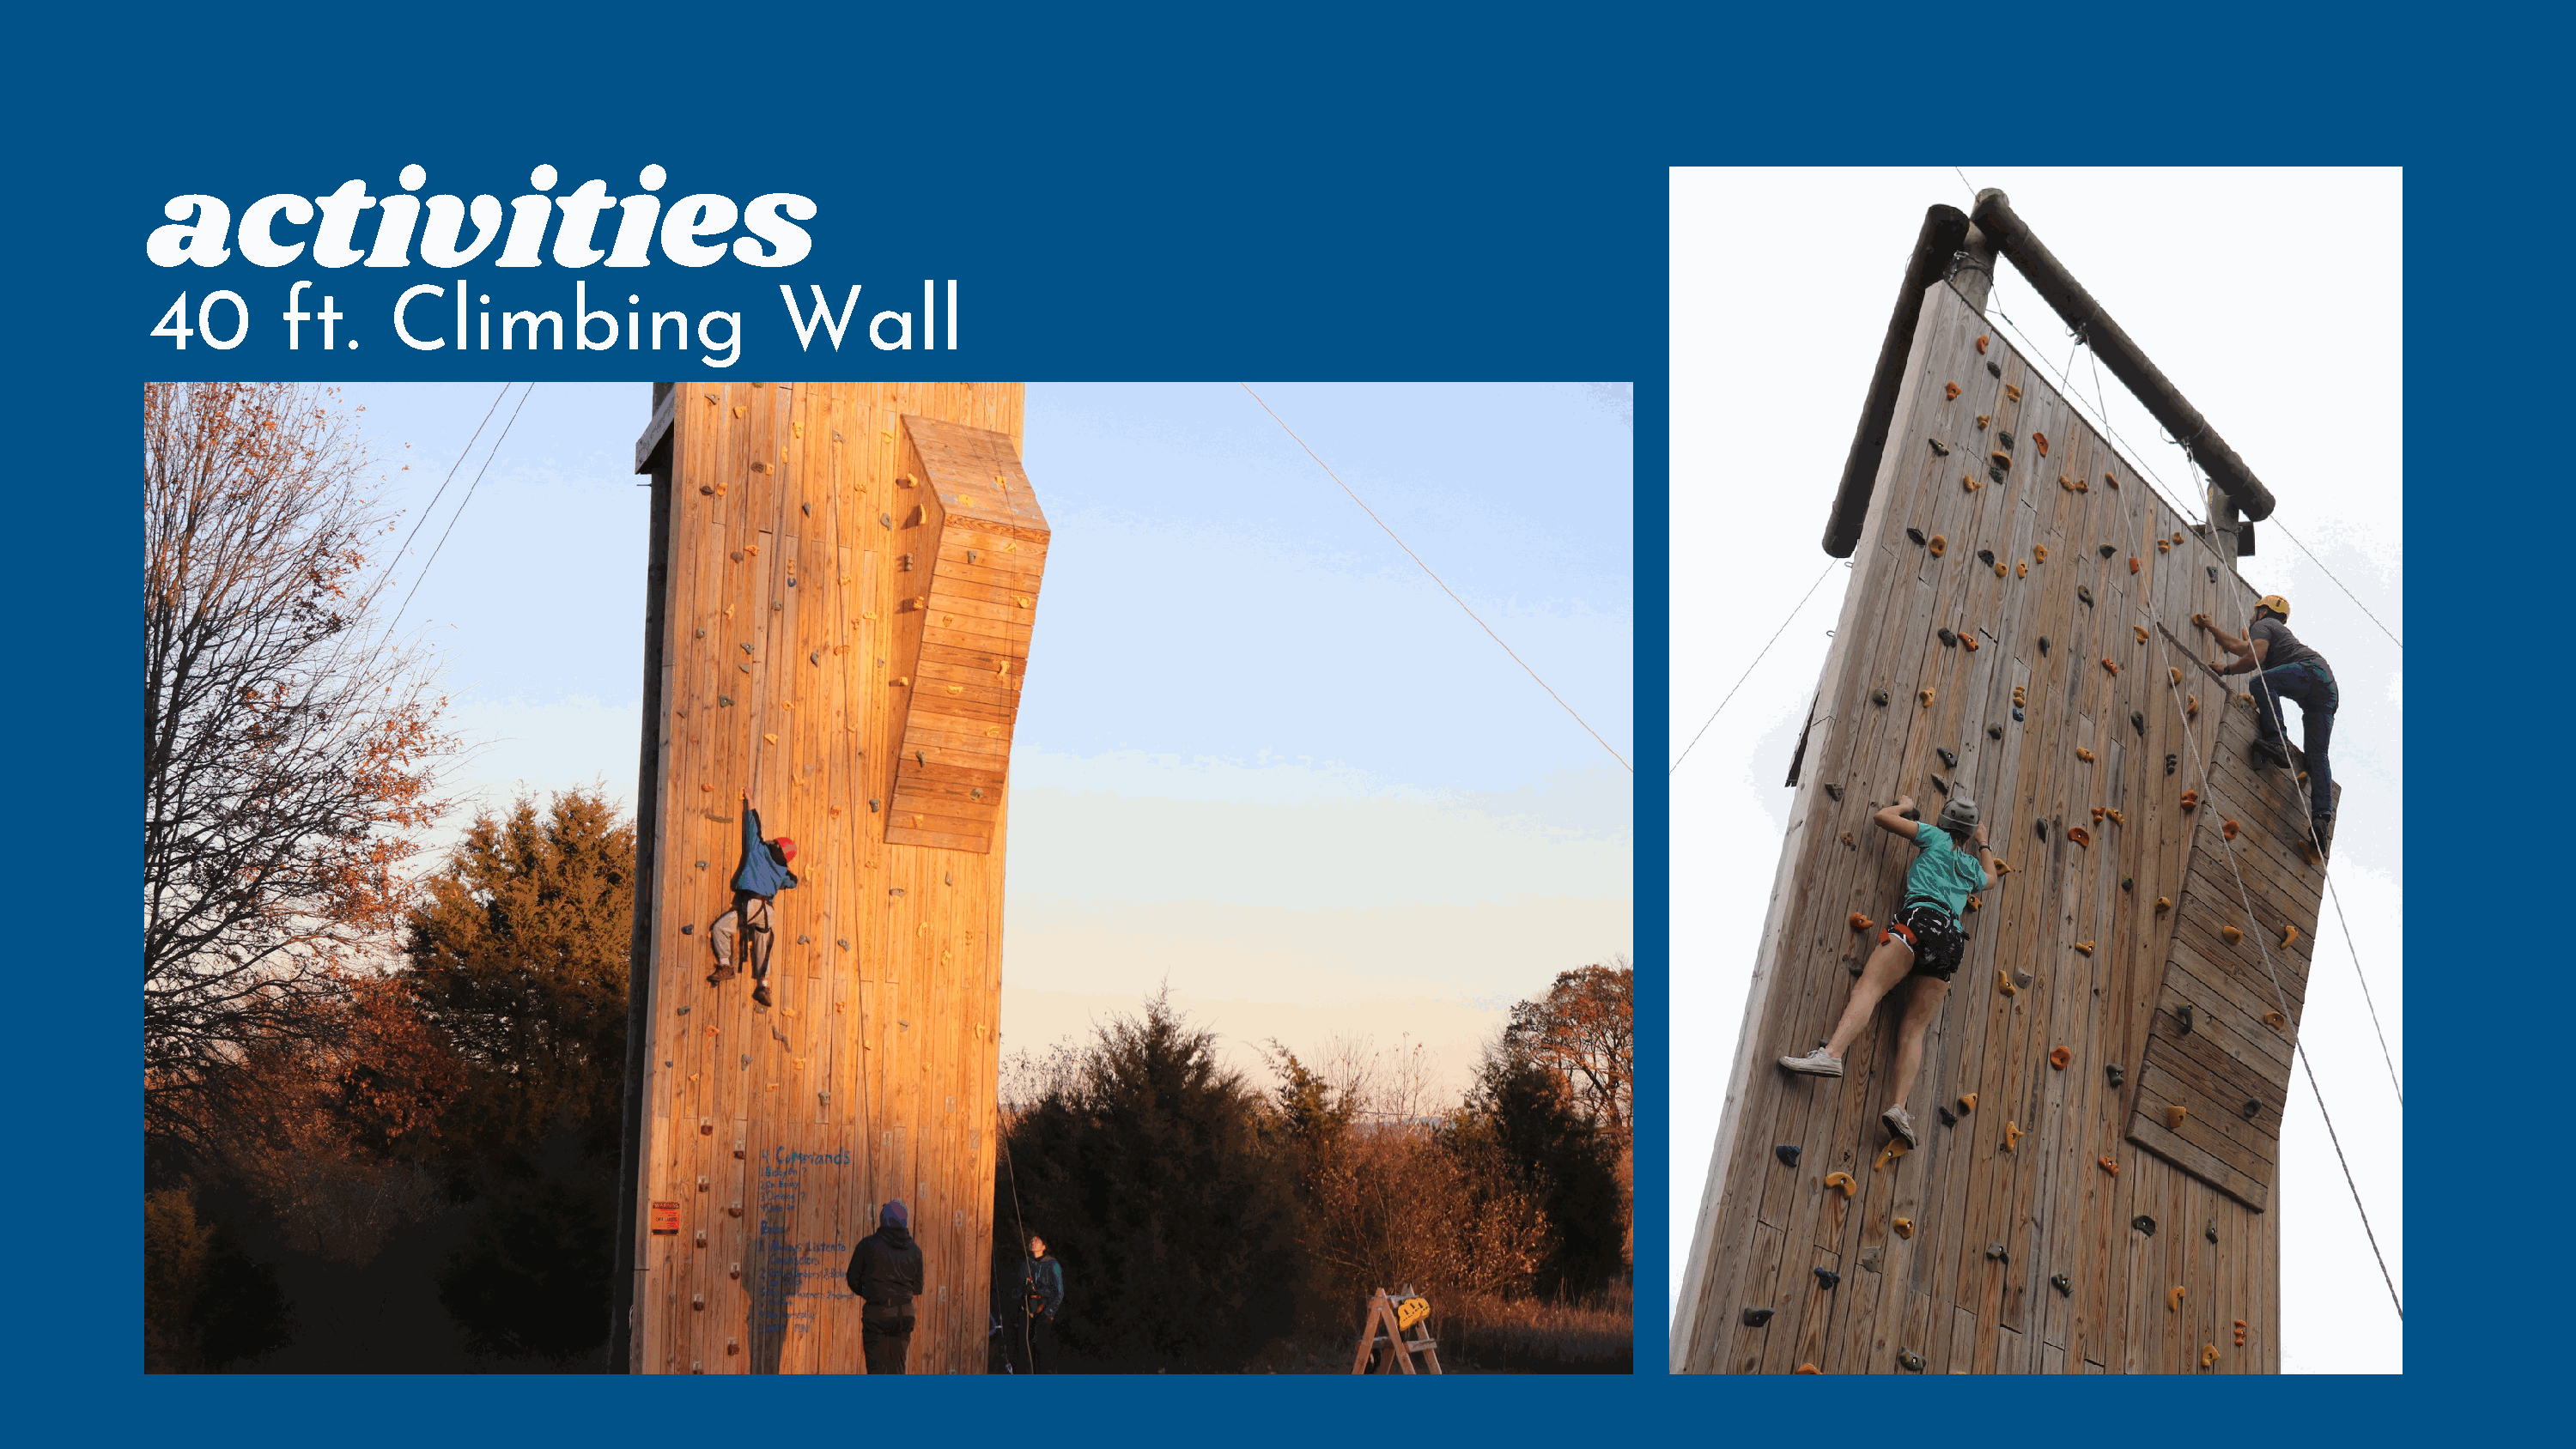
activities
 40         ft.     Climbing                      Wall